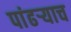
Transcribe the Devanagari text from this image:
पांढऱ्याच